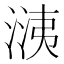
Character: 㴣